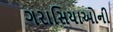
ગરાસિયાઓની